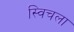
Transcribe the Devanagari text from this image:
स्विचला